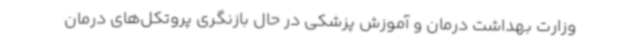
وزارت بهداشت درمان و آموزش پزشکی در حال بازنگری پروتکل‌های درمان